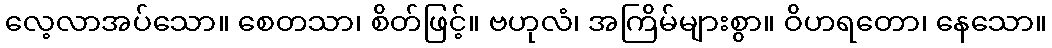
လေ့လာအပ်သော။ စေတသာ၊ စိတ်ဖြင့်။ ဗဟုလံ၊ အကြိမ်များစွာ။ ဝိဟရတော၊ နေသော။